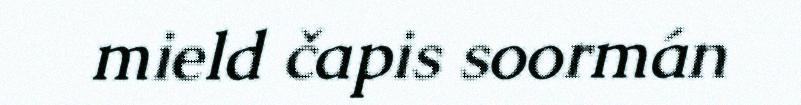
mield čapis soormán